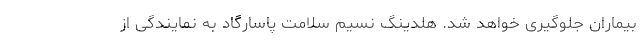
بیماران جلوگیری خواهد شد. هلدینگ نسیم سلامت پاسارگاد به نمایندگی از